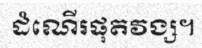
ដំណើរផុតវង្ស។